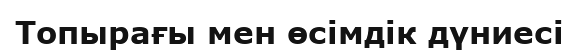
Топырағы мен өсімдік дүниесі